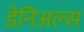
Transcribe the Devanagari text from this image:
डेनिअल्स